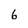
Character: 6